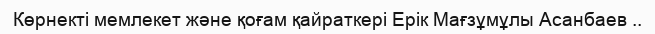
Көрнекті мемлекет және қоғам қайраткері Ерік Мағзұмұлы Асанбаев ..